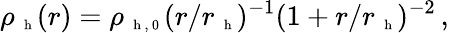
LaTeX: \rho_{\mathrm{~\scriptsize~h~}}(r)=\rho_{\mathrm{~\scriptsize~h~,~0~}}(r/r_{\mathrm{~\scriptsize~h~}})^{-1}(1+r/r_{\mathrm{~\scriptsize~h~}})^{-2}\, ,